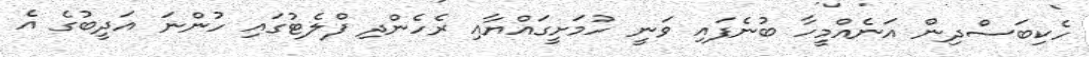
ހެކިބަސްދިން އަނެއްމީހާ ބުނެފައި ވަނީ ހުމަށީގައްޔާއި ރެހެންދި ފްލެޓުގައި ހުންނަ އަދީބުގެ އެ